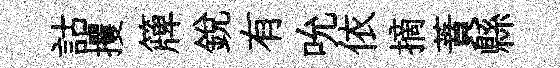
詁攫簰銳有吮依摘蕡縣